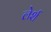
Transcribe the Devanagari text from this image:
लेर्श